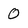
Character: 0